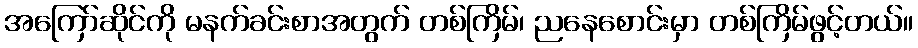
အကြော်ဆိုင်ကို မနက်ခင်းစာအတွက် တစ်ကြိမ်၊ ညနေစောင်းမှာ တစ်ကြိမ်ဖွင့်တယ်။